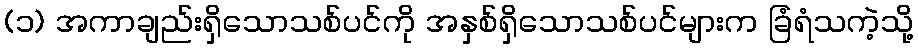
(၁) အကာချည်းရှိသောသစ်ပင်ကို အနှစ်ရှိသောသစ်ပင်များက ခြံရံသကဲ့သို့